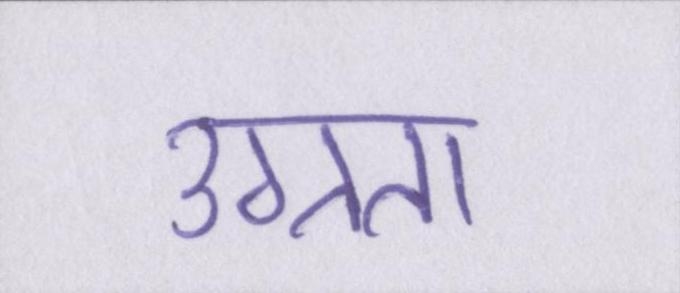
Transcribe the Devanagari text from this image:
उग्रता